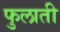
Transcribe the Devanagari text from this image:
फुलाती